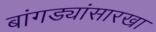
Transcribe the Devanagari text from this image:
बांगड्यांसारखा